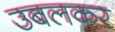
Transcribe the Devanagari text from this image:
उबलकर